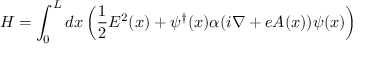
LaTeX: H = \int _ { 0 } ^ { L } d x \left( { \frac { 1 } { 2 } } E ^ { 2 } ( x ) + \psi ^ { \dagger } ( x ) \alpha ( i \nabla + e A ( x ) ) \psi ( x ) \right)